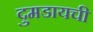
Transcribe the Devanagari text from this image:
दुमडायची